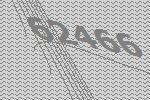
62466